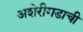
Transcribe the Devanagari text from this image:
अशेरीगडाची